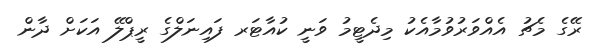
ރޭގެ މެޗު އެއްވަރުވުމާއެކު މިދެޓީމު ވަނީ ކުއާޓަރ ފައިނަލްގެ ރީޕްލޭ އަކަށް ދާން